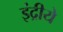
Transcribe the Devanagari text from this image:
इंद्रीये